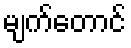
မျက်တောင်